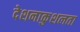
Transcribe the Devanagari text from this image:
देशनाकुशलता